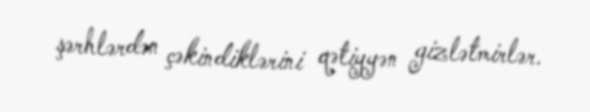
şərhlərdən çəkindiklərini qətiyyən gizlətmirlər.